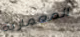
المعمارية